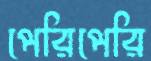
পেরিপেরি